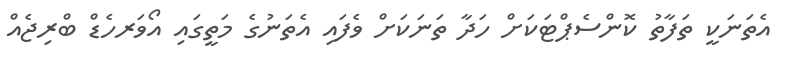
އެތަނަކީ ތަފާތު ކޮންސެޕްޓަކަށް ހަދާ ތަނަކަށް ވެފައި އެތަނުގެ މަތީގައި އޯވަރހެޑް ބްރިޖެއް